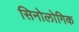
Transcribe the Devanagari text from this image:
सिनोलोगिक